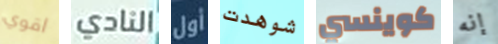
اقوي النادي أول شوهدت كوينسي إنه